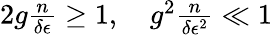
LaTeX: \begin{array}{r}{2g\frac{n}{\delta\epsilon}\geq 1,\quad g^{2}\frac{n}{\delta\epsilon^{2}}\ll 1}\end{array}